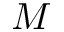
M